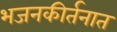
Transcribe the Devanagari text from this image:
भजनकीर्तनात